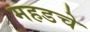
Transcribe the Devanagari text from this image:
महडचे